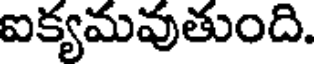
ఐక్యమవుతుంది.